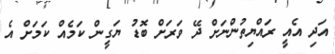
އަދި އެއީ ރައްޔިތުންނަށް ދޭ ވަރަށް ބޮޑު ޔަގީން ކަމެއް ކަމަށް އެ